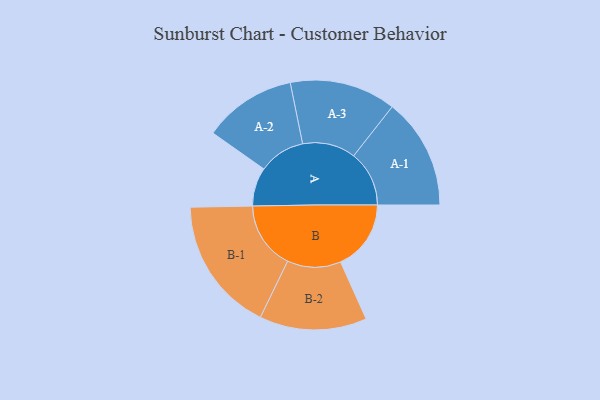
{"axis": {"x": "Segment", "y": "Value"}, "legend": ["", "A", "B"], "data": [{"x": "A", "y": 145, "type": ""}, {"x": "B", "y": 264, "type": ""}, {"x": "A-1", "y": 208, "type": "A"}, {"x": "A-2", "y": 174, "type": "A"}, {"x": "A-3", "y": 199, "type": "A"}, {"x": "B-1", "y": 253, "type": "B"}, {"x": "B-2", "y": 201, "type": "B"}]}